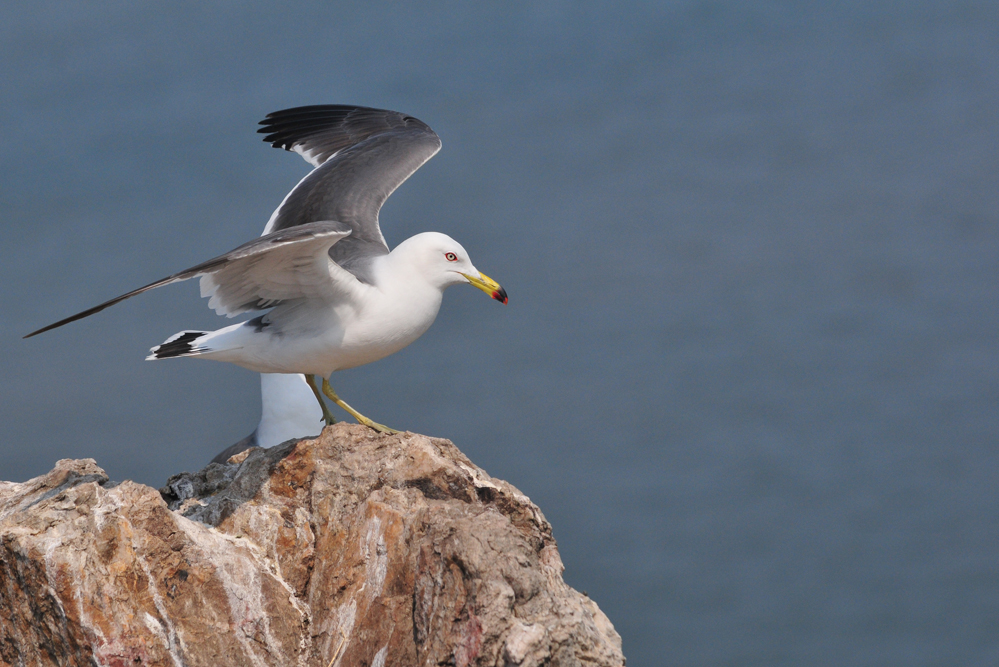
舍南舍北皆春水，但见群鸥日日来。